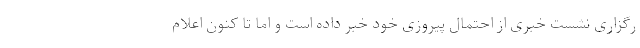
رگزاری نشست خبری از احتمال پیروزی خود خبر داده است و اما تا کنون اعلام